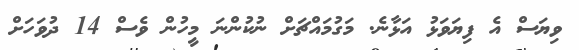
ވިޔަސް އެ ފިޔަވަޅު އަޅާނެ. މަގުމައްޗަށް ނުކުންނަ މީހުން ވެސް 14 ދުވަހަށް